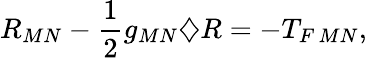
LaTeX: R_{MN}-\frac{1}{2}g_{MN}\diamondsuit R=-T_{F\, MN},